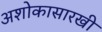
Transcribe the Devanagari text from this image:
अशोकासारखी